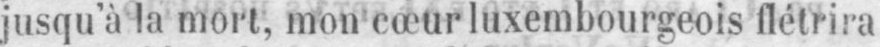
jusqu’à la mort, mon cœur luxembourgeois flétrira